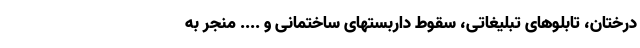
درختان، تابلوهای تبلیغاتی، سقوط داربستهای ساختمانی و .... منجر به